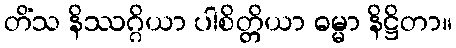
တိံသ နိဿဂ္ဂိယာ ပါစိတ္တိယာ ဓမ္မာ နိဋ္ဌိတာ။